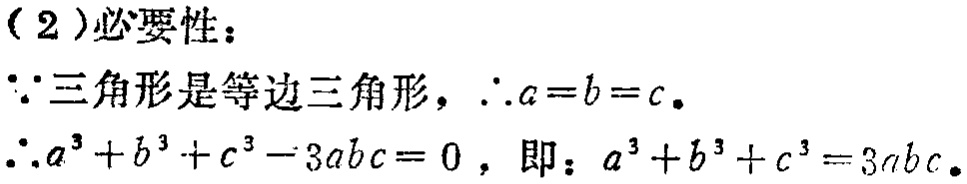
（2）必要性：

\(\because\)三角形是等边三角形，\(\therefore a = b = c\)。

\(\therefore a^{3}+b^{3}+c^{3}-3abc = 0\)，即：\(a^{3}+b^{3}+c^{3}=3abc\)。